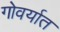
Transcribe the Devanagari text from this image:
गोवर्यात